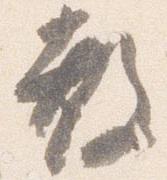
教